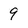
Character: 9